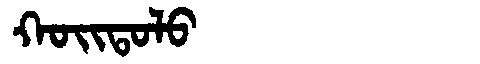
Manchu: ᡴᠣᡳᡨᠣᠯᠣ
Romanization: KOITOLO